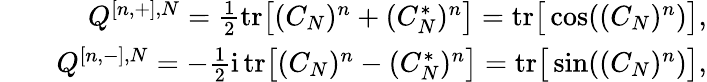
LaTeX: \begin{array}{rlr}&{}&{Q^{[n,+],N}=\frac{1}{2}\mathrm{tr}\big[(C_{N})^{n}+(C_{N}^{*})^{n}\big]=\mathrm{tr}\big[\cos((C_{N})^{n})\big],}\\ &{}&{Q^{[n,-],N}=-\frac{1}{2}\mathrm{i}\, \mathrm{tr}\big[(C_{N})^{n}-(C_{N}^{*})^{n}\big]=\mathrm{tr}\big[\sin((C_{N})^{n})\big],}\end{array}